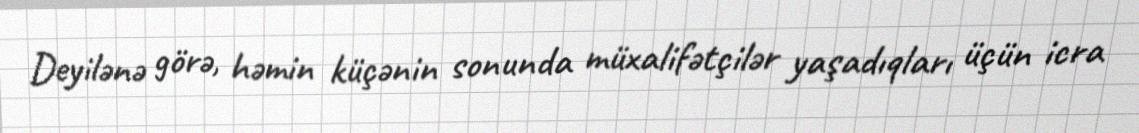
Deyilənə görə, həmin küçənin sonunda müxalifətçilər yaşadıqları üçün icra